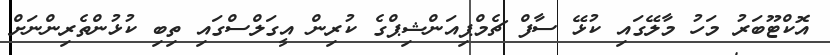
އޮކްޓޫބަރު މަހު މާލޭގައި ކުޅޭ ސާފް ޗެމްޕިއަންޝިޕްގެ ކުރިން އީގަލްސްގައި ތިބި ކުޅުންތެރިންނަށް